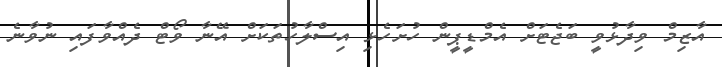
އާޒިމް ވިދާޅުވީ ބަޖެޓަށް އެމްޑީޕީން ހުށަހެޅި އިސްލާހުތަކަށް އޭނާ ވޯޓް ދެއްވާފައި ނުވާނެ